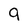
Character: 9